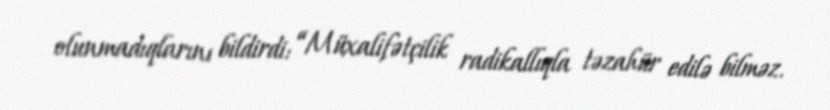
olunmadıqlarını bildirdi: “Müxalifətçilik radikallıqla təzahür edilə bilməz.